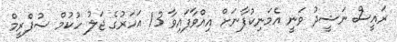
ރައީސް ނަޝީދު ވަނީ އެމަނިކުފާނަށް އިއްވާފައިވާ 13 އަހަރުގެ ޖަލު ހުކުމް ސުޕްރީމް